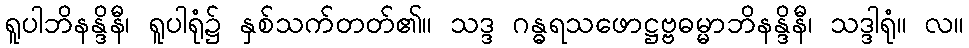
ရူပါဘိနန္ဒိနီ၊ ရူပါရုံ၌ နှစ်သက်တတ်၏။ သဒ္ဒ ဂန္ဓရသဖောဋ္ဌဗ္ဗဓမ္မာဘိနန္ဒိနီ၊ သဒ္ဒါရုံ။ လ။